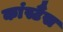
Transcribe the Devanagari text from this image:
कांस्टैंस